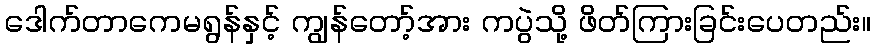
ဒေါက်တာကေမရွန်နှင့် ကျွန်တော့်အား ကပွဲသို့ ဖိတ်ကြားခြင်းပေတည်း။